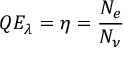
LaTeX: Q E _ { \lambda } = \eta = { \frac { N _ { e } } { N _ { \nu } } }